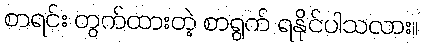
စာရင်း တွက်ထားတဲ့ စာရွက် ရနိုင်ပါသလား။